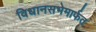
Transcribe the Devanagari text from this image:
विधानसभेमार्फत